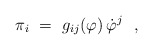
\begin{align*}\pi_i~=~g_{ij}(\varphi) \, \dot{\varphi}^j~~, \end{align*}